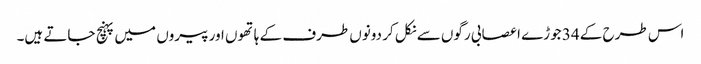
اس طرح کے 34 جوڑے اعصابی رگوں سے نکل کر دونوں طرف کے ہاتھوں اور پیروں میں پہنچ جاتے ہیں۔